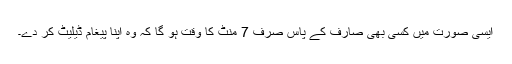
ایسی صورت میں کسی بھی صارف کے پاس صرف 7 منٹ کا وقت ہو گا کہ وہ اپنا پیغام ڈیلیٹ کر دے۔